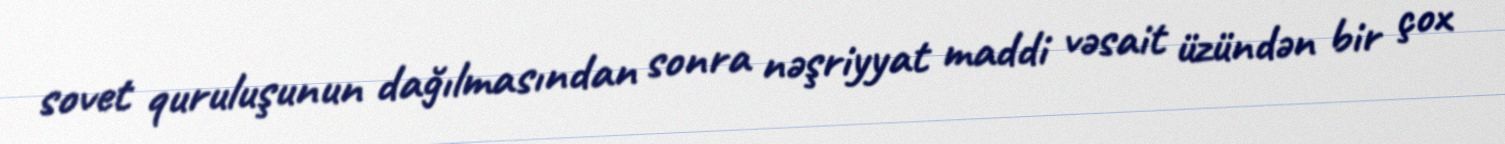
sovet quruluşunun dağılmasından sonra nəşriyyat maddi vəsait üzündən bir çox